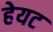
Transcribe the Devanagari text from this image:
हेयट